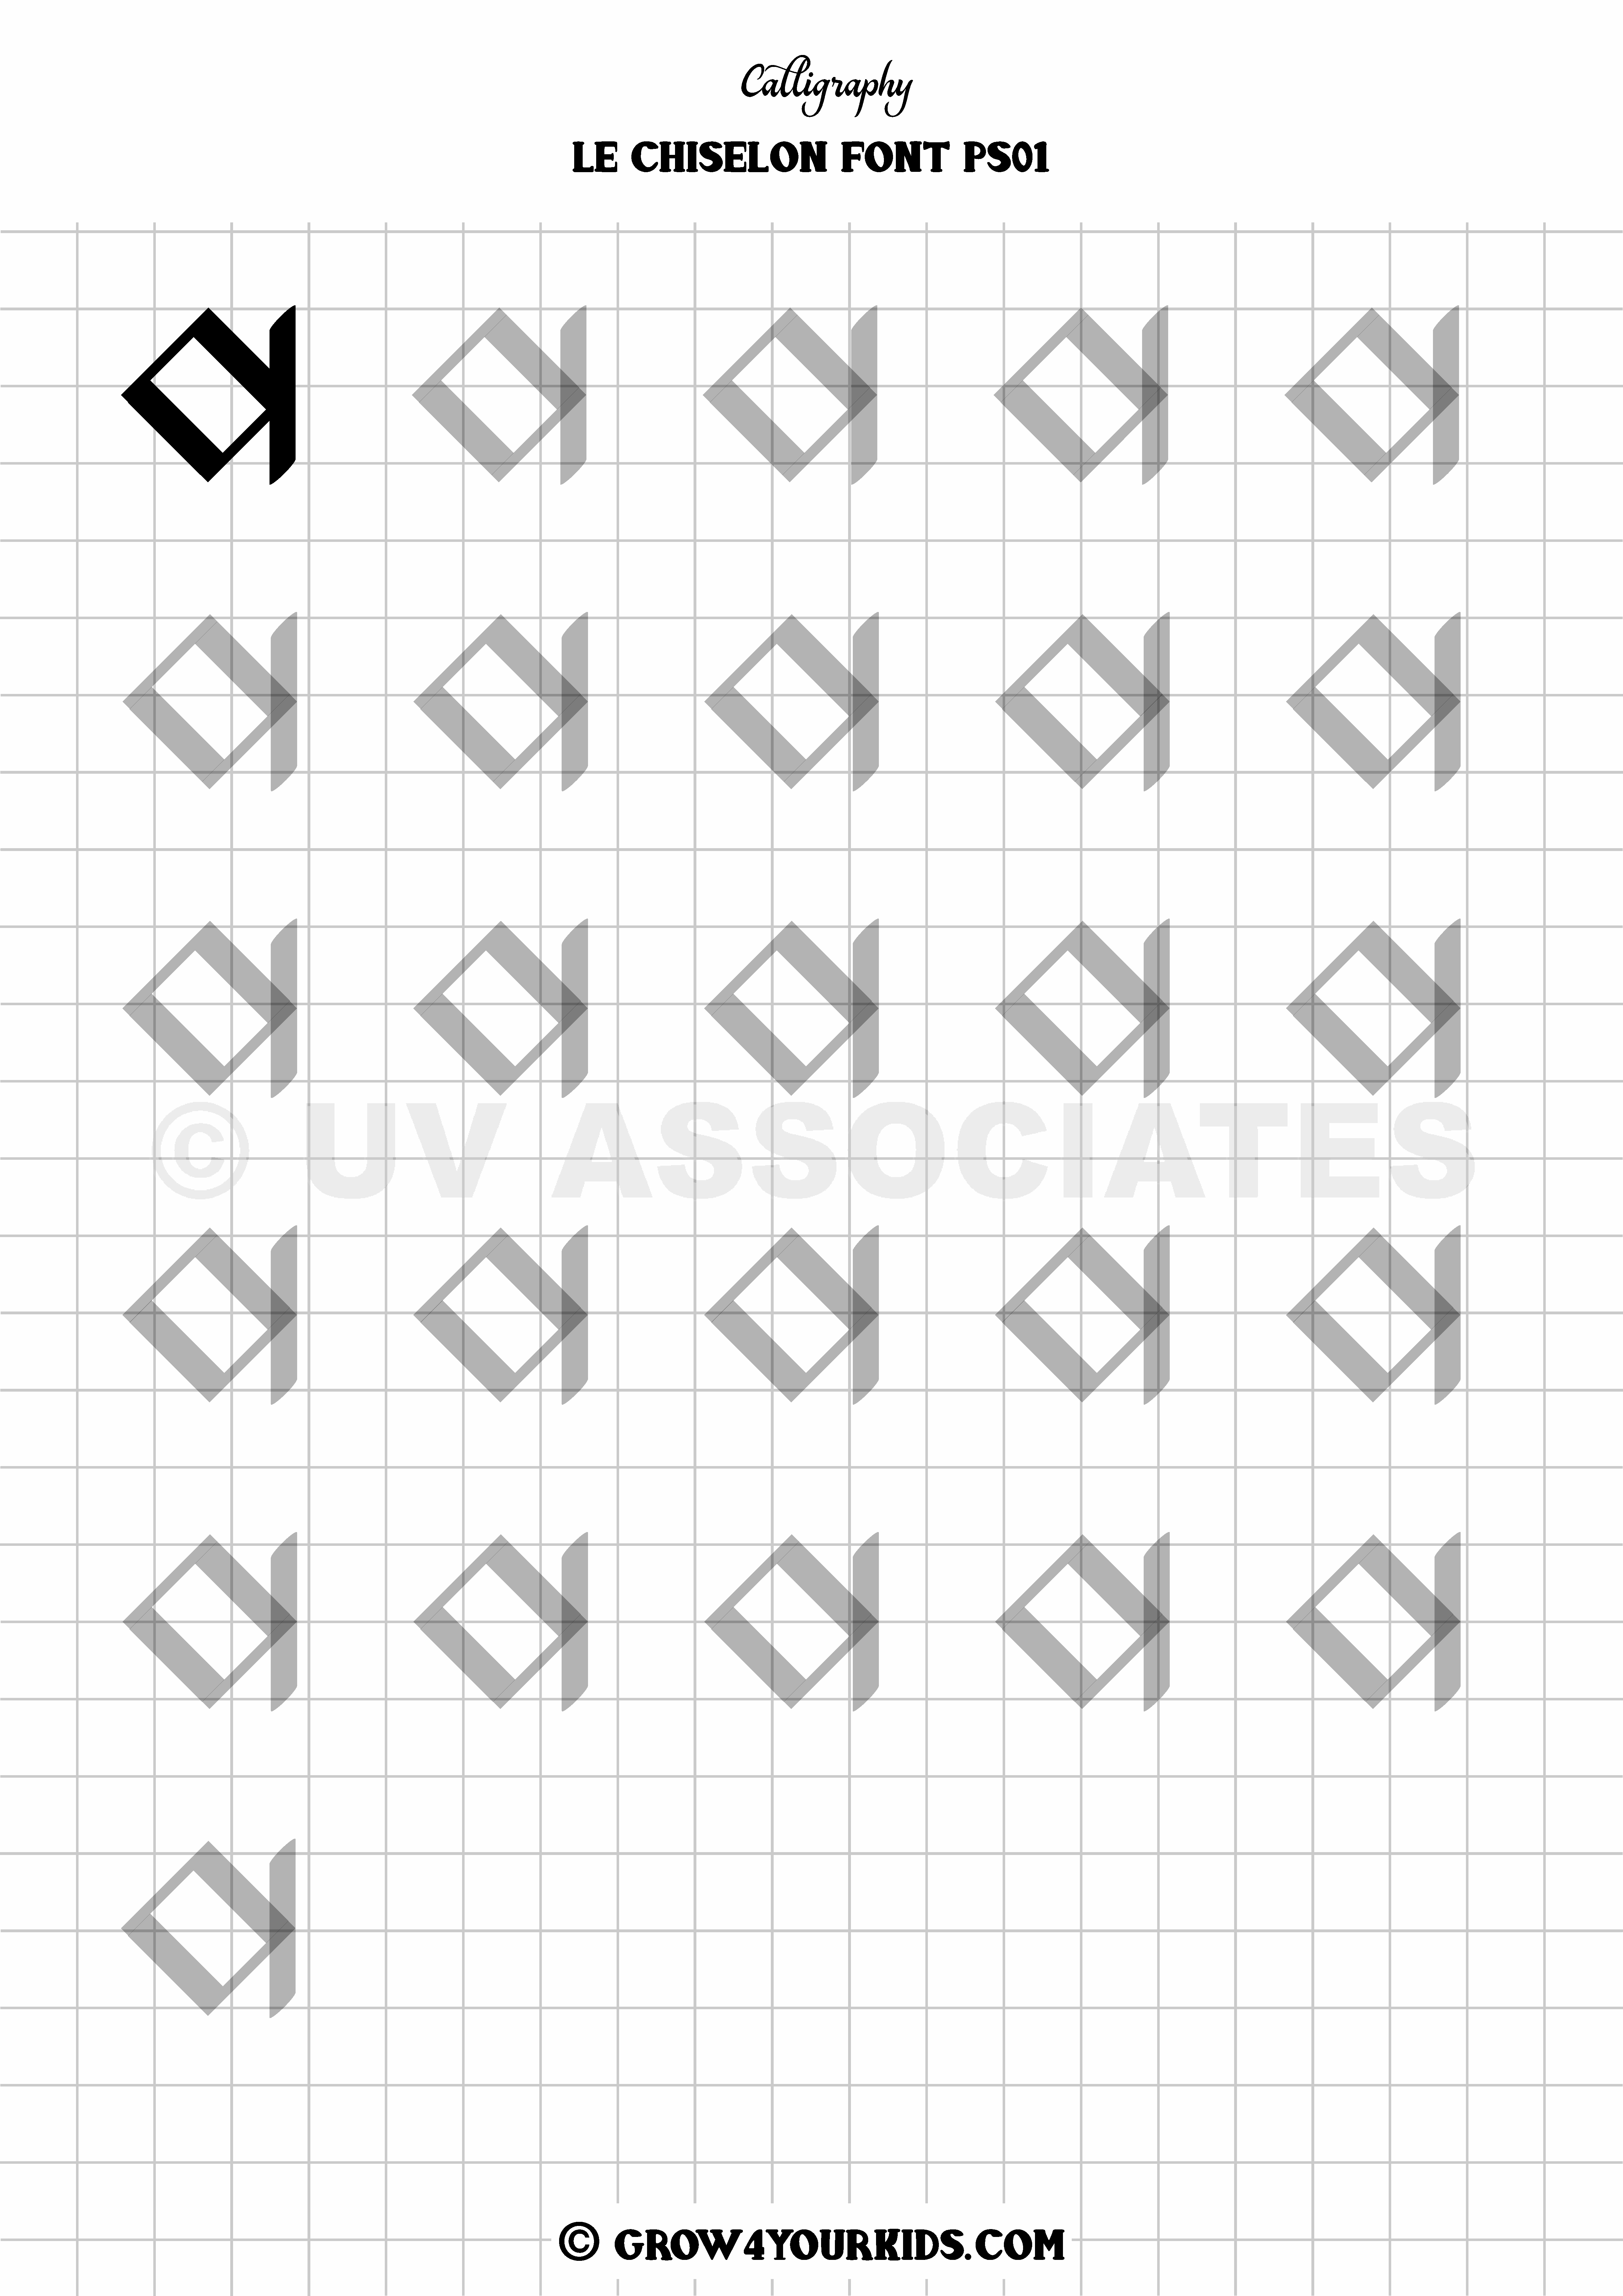
Calligraphy
 Le          Chiselon                                    Font                      PS01
 ©                              UV                                                    ASSOCIATES
 ©           Grow4YourKids.com